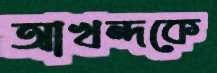
আখন্দকে